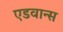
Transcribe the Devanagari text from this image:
एडवान्स